Lunatic asylums Central Provinces reports 1910-1926 - 1910-1926
Year: 1910
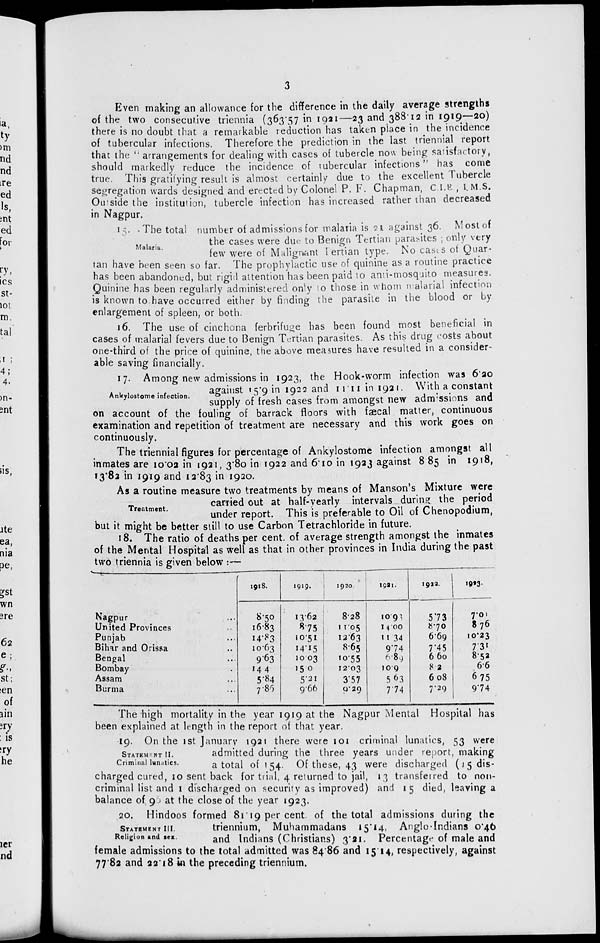
3
Even making an allowance for the difference in the daily average strengths
of the two consecutive triennia (363.57 in 1921—23 and 388.12 in 1919—20)
there is no doubt that a remarkable reduction has taken place in the incidence
of tubercular infections. Therefore the prediction in the last triennial report
that the " arrangements for dealing with cases of tubercle now being satisfactory,
should markedly reduce the incidence of tubercular infections" has come
true. This gratifying result is almost certainly due to the excellent Tubercle
segregation wards designed and erected by Colonel P. F. Chapman, C.I.E , I.M.S.
Outside the institution, tubercle infection has increased rather than decreased
in Nagpur.
Malaria.
15. The total number of admissions for malaria is 21 against 36. Most of
the cases were due to Benign Tertian parasites ; only very
few were of Malignant Tertian type. No cases of Quar-
tan have been seen so far. The prophylactic use of quinine as a routine practice
has been abandoned, but rigid attention has been paid to anti-mosquito measures.
Quinine has been regularly administered only to those in whom malarial infection
is known to have occurred either by finding the parasite in the blood or by
enlargement of spleen, or both.
16. The use of cinchona ferbrifuge has been found most beneficial in
cases of malarial fevers due to Benign Tertian parasites. As this drug costs about
one-third of the price of quinine, the above measures have resulted in a consider-
able saving financially.
Ankylostome infection.
17. Among new admissions in 1923, the Hook-worm infection was 6.20
against 15.9 in 1922 and 11.11 in 1921. With a constant
supply of fresh cases from amongst new admissions and
on account of the fouling of barrack floors with fæcal matter, continuous
examination and repetition of treatment are necessary and this work goes on
continuously.
The triennial figures for percentage of Ankylostome infection amongst all
inmates are 10.02 in 1921, 3.80 in 1922 and 6.10 in 1923 against 8.85 in 1918,
13.82 in 1919 and 12.83 in 1920.
Treatment.
As a routine measure two treatments by means of Manson's Mixture were
carried out at half-yearly intervals during the period
under report. This is preferable to Oil of Chenopodium,
but it might be better still to use Carbon Tetrachloride in future.
18. The ratio of deaths per cent. of average strength amongst the inmates
of the Mental Hospital as well as that in other provinces in India during the past
two triennia is given below :—
Nagpur ...
United Provinces ...
Punjab ...
Bihar and Orissa ...
Bengal ...
Bombay ...
Assam ...
Burma ...
1918.
8.50
16.83
14.83
10.63
9.63
14.4
5.84
7.86
1919.
13.62
8.75
10.51
14.15
10.03
15.0
5.21
9.66
1920.
8.28
11.05
12.63
8.65
10.55
12.03
3.57
9.29
1921.
10.93
14.00
11.34
9.74
6.89
10.9
5.63
7.74
1922.
573
8.70
6.69
7.45
6.60
8.2
6.08
7.29
1923.
7.01
8.76
10.23
7.31
8.52
6.6
6.75
9.74
The high mortality in the year 1919 at the Nagpur Mental Hospital has
been explained at length in the report of that year.
STATEMENT II.
Criminal lunatics.
19. On the 1st January 1921 there were 101 criminal lunatics, 53 were
admitted during the three years under report, making
a total of 154. Of these, 43 were discharged (15 dis-
charged cured, 10 sent back for trial, 4 returned to jail, 13 transferred to non-
criminal list and 1 discharged on security as improved) and 15 died, leaving a
balance of 96 at the close of the year 1923.
STATEMENT III.
Religion and sex.
20. Hindoos formed 81.19 per cent. of the total admissions during the
triennium, Muhammadans 15.14, Anglo-Indians 0.46
and Indians (Christians) 3.21. Percentage of male and
female admissions to the total admitted was 84.86 and 15.14, respectively, against
77.82 and 22.18 in the preceding triennium.